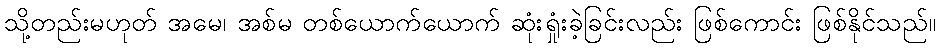
သို့တည်းမဟုတ် အမေ၊ အစ်မ တစ်ယောက်ယောက် ဆုံးရှုံးခဲ့ခြင်းလည်း ဖြစ်ကောင်း ဖြစ်နိုင်သည်။